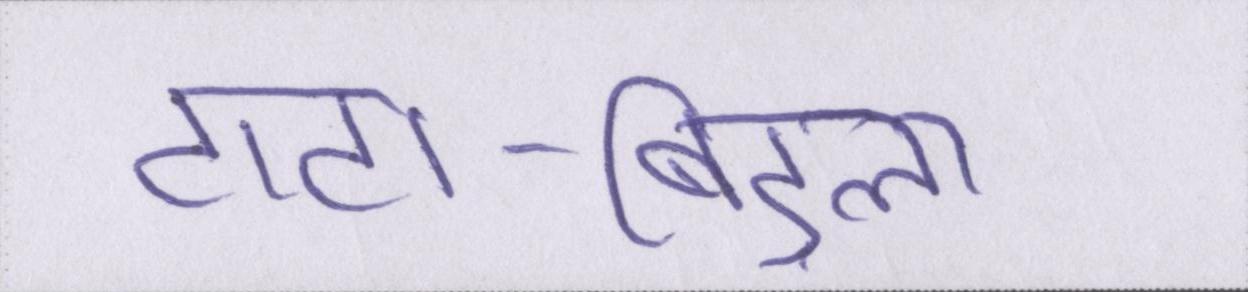
टाटा-बिड़ला